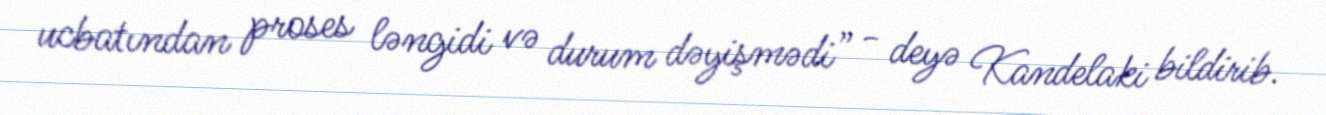
ucbatından proses ləngidi və durum dəyişmədi” - deyə Kandelaki bildirib.